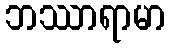
ဘဿာရာမာ